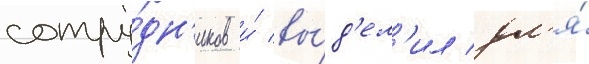
сотру́дн'иков и́ вы́д'ел'ил дл'я́